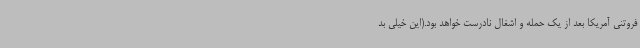
فروتنی آمریکا بعد از یک حمله و اشغال نادرست خواهد بود.(این خیلی بد